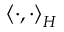
\left\langle \cdot , \cdot \right\rangle _ { \cal { H } }